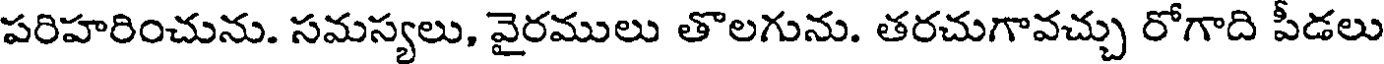
పరిహరించును. సమస్యలు, వైరములు తొలగును. తరచుగావచ్చు రోగాది పీడలు